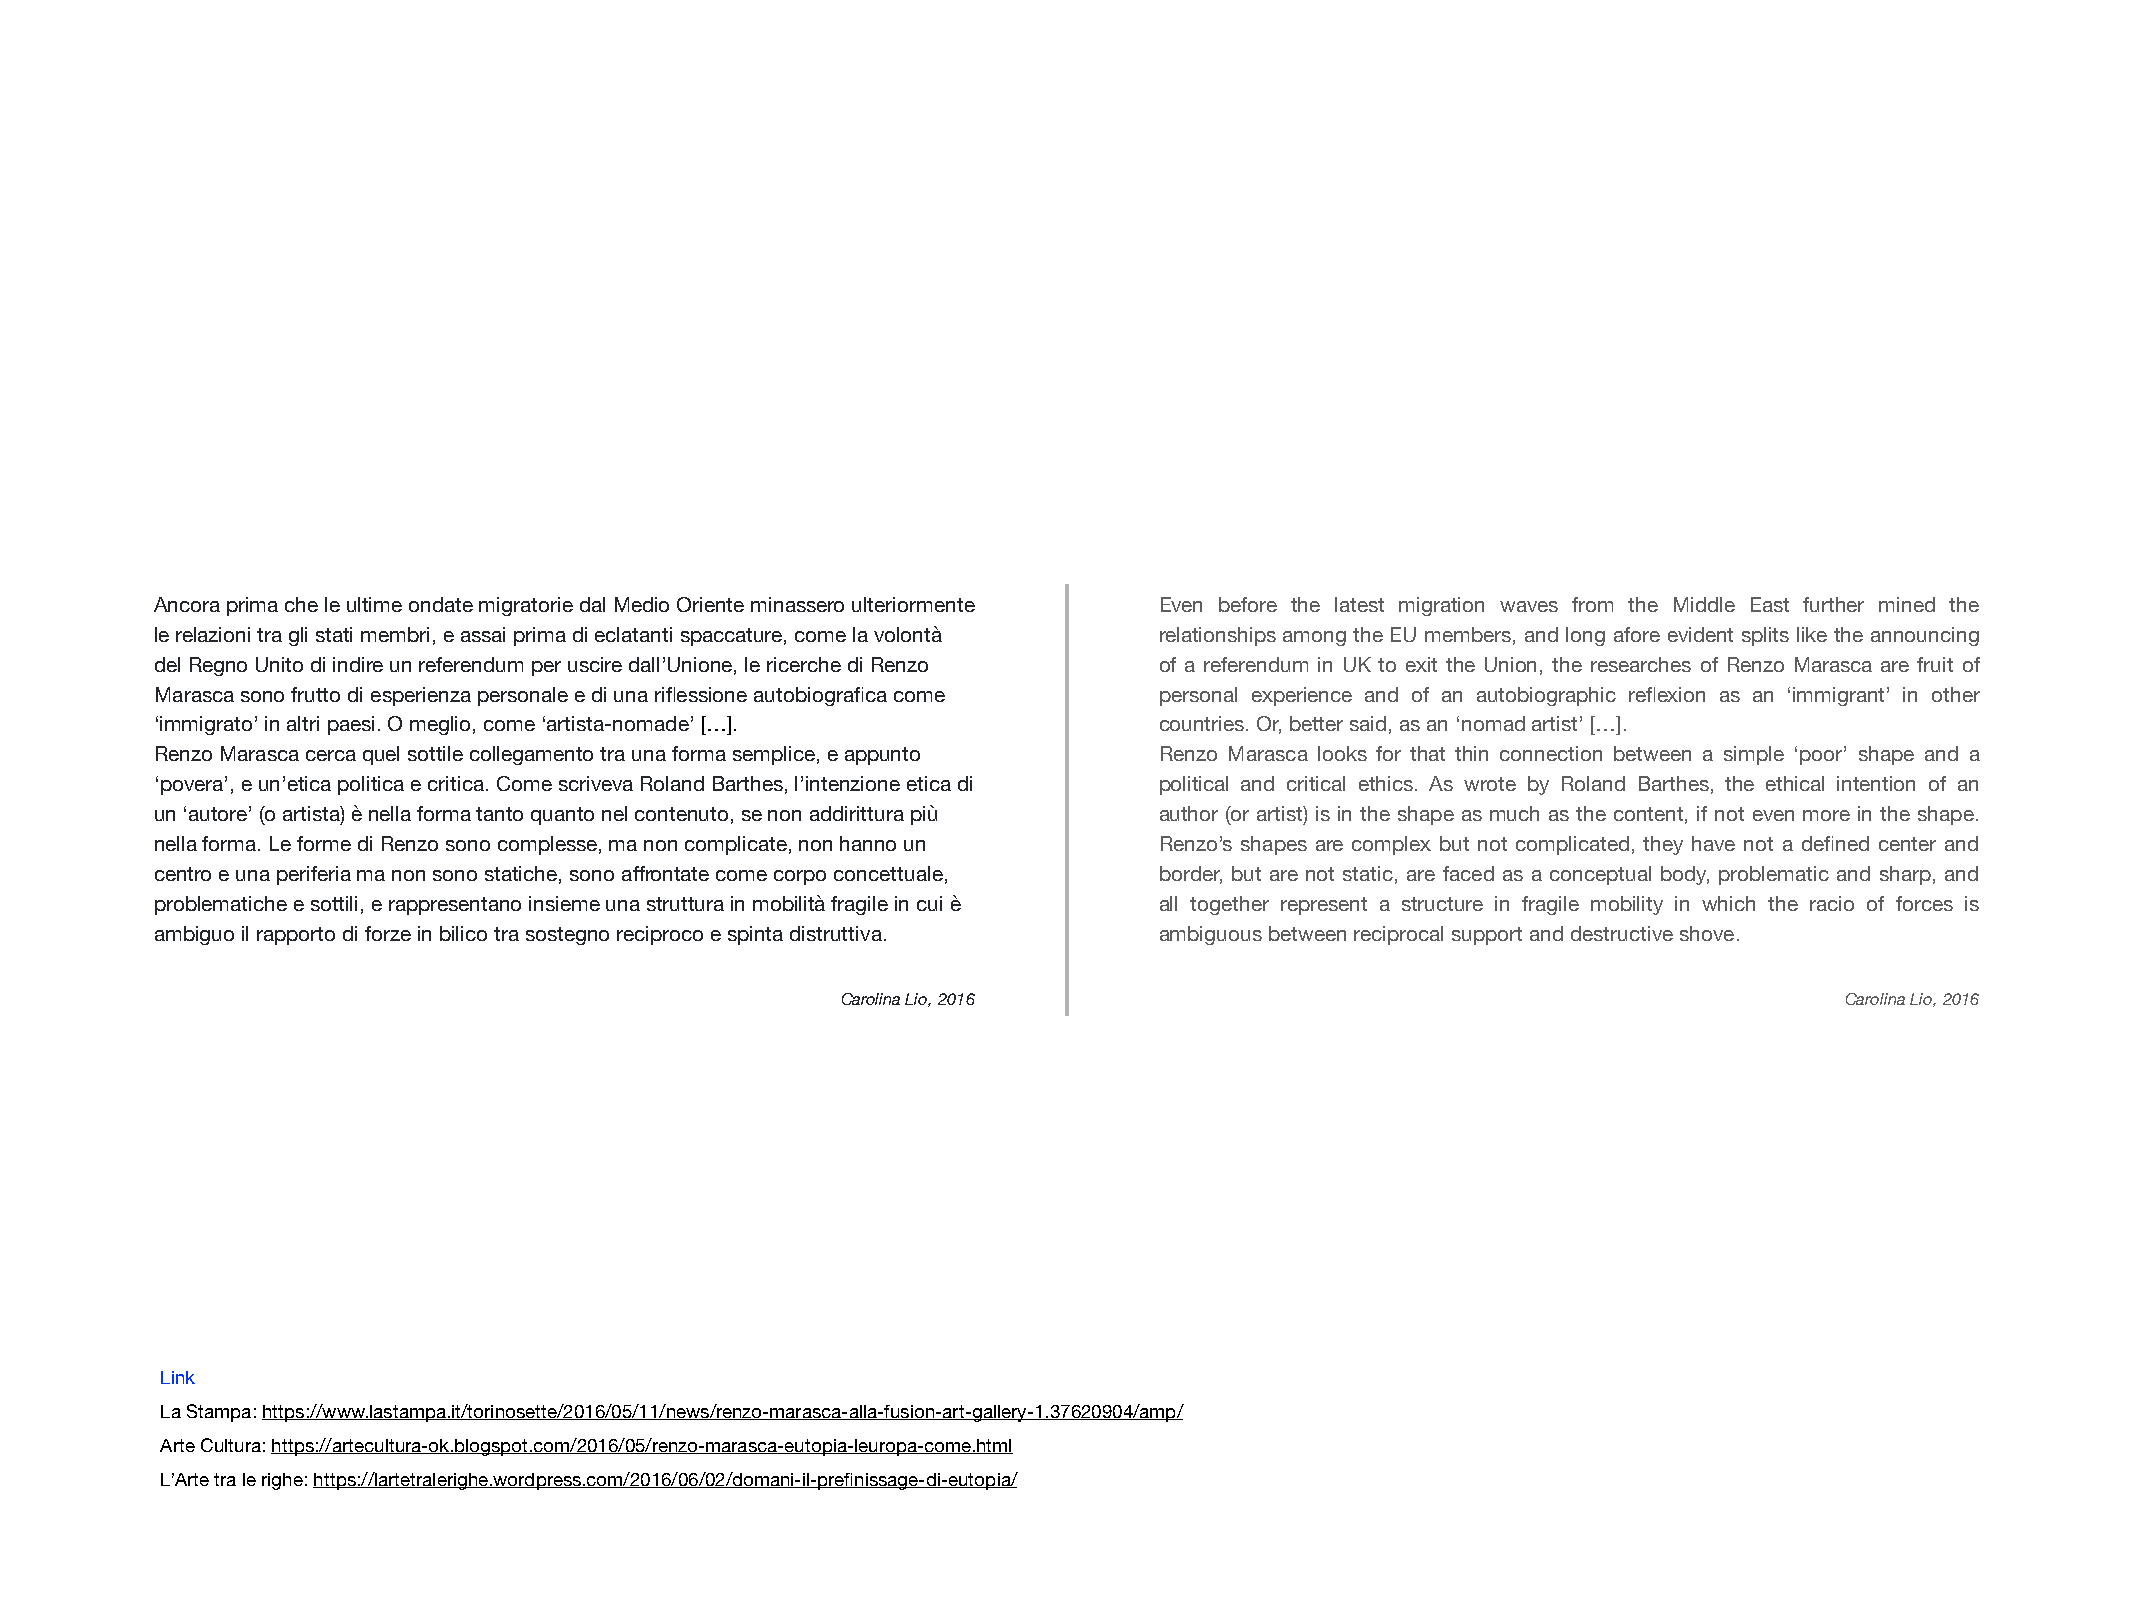
Ancora prima che le ultime ondate migratorie dal Medio Oriente minassero ulteriormente Even before the latest migration waves from the Middle East further mined the
 le relazioni tra gli stati membri, e assai prima di eclatanti spaccature, come la volontà relationships among the EU members, and long afore evident splits like the announcing
 del Regno Unito di indire un referendum per uscire dall’Unione, le ricerche di Renzo of a referendum in UK to exit the Union, the researches of Renzo Marasca are fruit of
 Marasca sono frutto di esperienza personale e di una riflessione autobiografica come personal experience and of an autobiographic reflexion as an ‘immigrant’ in other
 ‘immigrato’ in altri paesi. O meglio, come ‘artista-nomade’ […].   countries. Or, better said, as an ‘nomad artist’ […].
 Renzo Marasca cerca quel sottile collegamento tra una forma semplice, e appunto Renzo Marasca looks for that thin connection between a simple ‘poor’ shape and a
 ‘povera’, e un’etica politica e critica. Come scriveva Roland Barthes, l’intenzione etica di political and critical ethics. As wrote by Roland Barthes, the ethical intention of an
 un ‘autore’ (o artista) è nella forma tanto quanto nel contenuto, se non addirittura più author (or artist) is in the shape as much as the content, if not even more in the shape.
 nella forma. Le forme di Renzo sono complesse, ma non complicate, non hanno un Renzo’s shapes are complex but not complicated, they have not a defined center and
 centro e una periferia ma non sono statiche, sono affrontate come corpo concettuale, border, but are not static, are faced as a conceptual body, problematic and sharp, and
 problematiche e sottili, e rappresentano insieme una struttura in mobilità fragile in cui è all together represent a structure in fragile mobility in which the racio of forces is
 ambiguo il rapporto di forze in bilico tra sostegno reciproco e spinta distruttiva. ambiguous between reciprocal support and destructive shove.
 Carolina Lio, 2016                                                Carolina Lio, 2016
 Link
 La Stampa: https://www.lastampa.it/torinosette/2016/05/11/news/renzo-marasca-alla-fusion-art-gallery-1.37620904/amp/
 Arte Cultura: https://artecultura-ok.blogspot.com/2016/05/renzo-marasca-eutopia-leuropa-come.html
 L’Arte tra le righe: https://lartetralerighe.wordpress.com/2016/06/02/domani-il-prefinissage-di-eutopia/